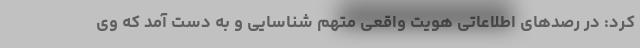
کرد: در رصدهای اطلاعاتی هویت واقعی متهم شناسایی و به دست آمد که وی